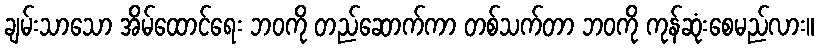
ချမ်းသာသော အိမ်ထောင်ရေး ဘဝကို တည်ဆောက်ကာ တစ်သက်တာ ဘဝကို ကုန်ဆုံးစေမည်လား။